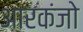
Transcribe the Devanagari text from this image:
आरकंजो